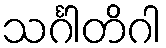
သင်္ဂါတိဂါ